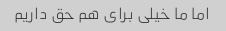
اما ما خیلی برای هم حق داریم